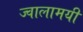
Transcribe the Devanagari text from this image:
ज्‍वालामयी